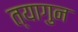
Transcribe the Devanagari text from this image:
त्यागुन